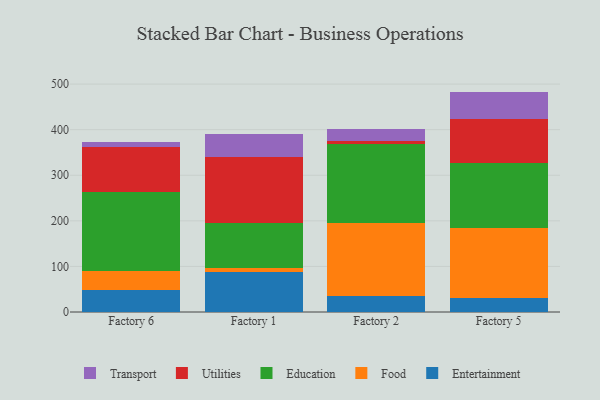
{"axis": {"x": "Factory", "y": "Bounce Rate (%)"}, "legend": ["Education", "Entertainment", "Food", "Transport", "Utilities"], "data": [{"x": "Factory 6", "y": 48.9, "type": "Entertainment"}, {"x": "Factory 6", "y": 40.6, "type": "Food"}, {"x": "Factory 6", "y": 174.4, "type": "Education"}, {"x": "Factory 6", "y": 98.4, "type": "Utilities"}, {"x": "Factory 6", "y": 9.9, "type": "Transport"}, {"x": "Factory 1", "y": 88.4, "type": "Entertainment"}, {"x": "Factory 1", "y": 9.0, "type": "Food"}, {"x": "Factory 1", "y": 97.2, "type": "Education"}, {"x": "Factory 1", "y": 146.4, "type": "Utilities"}, {"x": "Factory 1", "y": 50.1, "type": "Transport"}, {"x": "Factory 2", "y": 35.1, "type": "Entertainment"}, {"x": "Factory 2", "y": 161.0, "type": "Food"}, {"x": "Factory 2", "y": 172.7, "type": "Education"}, {"x": "Factory 2", "y": 6.7, "type": "Utilities"}, {"x": "Factory 2", "y": 25.7, "type": "Transport"}, {"x": "Factory 5", "y": 31.1, "type": "Entertainment"}, {"x": "Factory 5", "y": 152.7, "type": "Food"}, {"x": "Factory 5", "y": 142.6, "type": "Education"}, {"x": "Factory 5", "y": 97.8, "type": "Utilities"}, {"x": "Factory 5", "y": 59.3, "type": "Transport"}]}